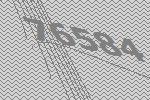
76584